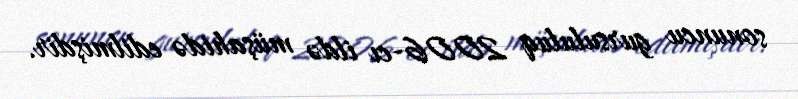
sonuncu gursululuq 2006-cı ildə müşahidə edilmişdir.